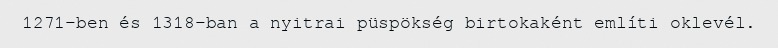
1271-ben és 1318-ban a nyitrai püspökség birtokaként említi oklevél.